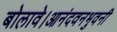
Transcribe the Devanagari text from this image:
बोलावे।आनंदवनभुवनी